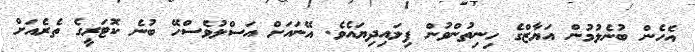
އެހެން ބުނެލުމުން އަޔާޒްގެ ހިނިތުންވުން ފިލައިދިޔައެވެ. އޭނައަށް އަސްލުވެސްހޭ ބުނެ ކޮޓަރީގެ ތެރެއަށް